Vaccination North-Western Provinces and Oudh 1878-1895 - 1878-1895
Year: 1878
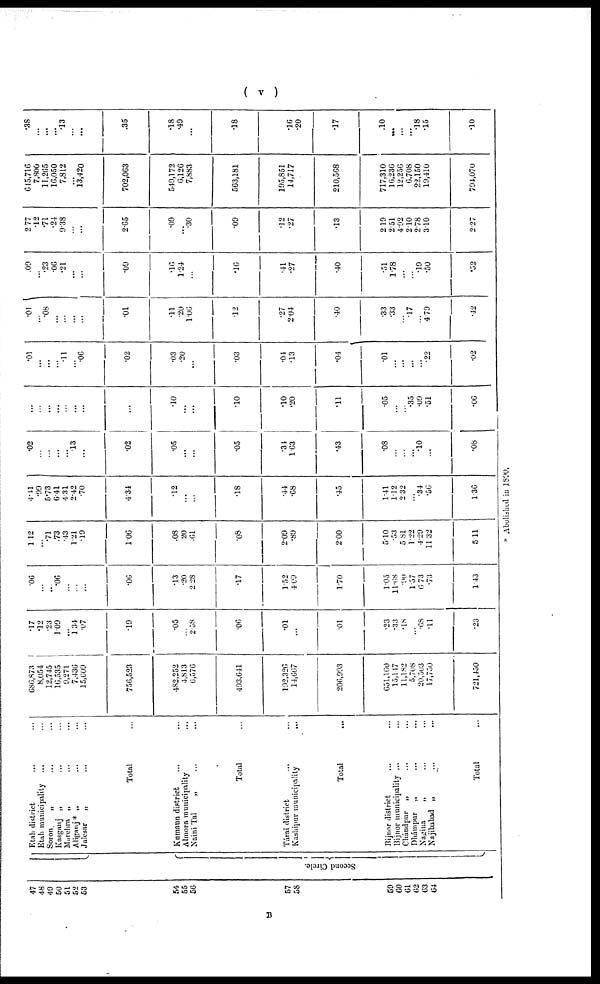
( v )
47
48
49
50
51
52
53
54
55
56
57
58
59
60
61
62
63
64
Second Circle
Etah district ... ...
Etah municipality ... ...
Soron.
„ ... ...
Kasganj „ ... ...
Marehra „ ... ...
Aliganj * „ ... ...
Julesar
„ ... ...
Total ...
Kumaun district
... ...
Almora municipality ...
Naini Tal
„ ... ...
Total ...
Tárai district ... ...
Kashipur municipality
...
Total ...
Bijnor district ... ...
Bijnor municipality ... ...
Chándpur
„ ... ...
Dhámpur
„ ... ...
Nagina
„ ... ...
Najibabad „ ... ...
Total ...
686,873
8,054
12,745
16,535
9,271
7,436
15,609
756,523
482,252
4,813
6,576
493,641
192,326
14,667
206,993
651,160
15,147
11,182 5,708
20,503
17,750
721,450
.17
.12
.23
1.09
... 1.34
.07
.19
.05
...
2.58
.06
.01
...
.01
.23
.33
.18 ... .68
.11
.20
.06
...
... .06
...
...
...
.06
.13
.20
2.28
.17
1.52
4.09
1.70
1.05
11.68
.90 1.57
6.73
.73
1.43
1.12
...
.71
.73
.43
1.21
.19
1.06
.08
20
.61
.08
2.09
.89
2.00
5.10
.53
5.81 1.22
4.29
11.32
5.11
4.41
.99
5.73
6.41
4.31
2.42
.70
4.34
.12
...
...
.18
.44
.68
.45
1.41
1.12
3.32
...
.34
.56
1.36
.02
...
...
...
... .13
...
.02
.05
...
...
.05
.34
1.63
.43
.08
...
... ... .10
...
.08
...
...
...
...
...
...
...
...
.10
...
...
.10
.10
.20
.11
.05
...
...
.35 .09
.51
.06
.01
...
...
... .11
...
.06
.02
.03
.20
1.06
.03
.04
.13
.04
.01
...
... ...
...
.22
.02
.01
...
.08
...
...
...
...
.01
.11
.20
...
.12
.27
2.04
.40
.33
.33
...
.17
...
4.79
.42
.09
...
.23
.06
.21
...
...
.09
.16
1.24
...
.16
.41
.27
.40
.51
1.78
...
...
.19
.50
.52
2.77
.12
.71
.24
9.38
...
...
2.65
.09
...
.30
.09
.12
.27
.13
2.19
2.51
4.92
2.10
2.78
3.10
2.27
645,716
7,806
11,265
16,050
7,812
...
13,420
702,063
549,172
6,126
7,883
563,181
195,851
14,717
210,568
717,310
16,236
12,256
6,708
22,150
19,410
794,070
.38
...
...
...
.13
...
...
.35
.18
.49
...
.18
.16
.20
.17
.10
...
...
...
.18
.15
.10
* Abolished in 1890.
B